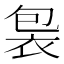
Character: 𧙘